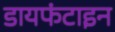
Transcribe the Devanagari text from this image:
डायफंटाइन